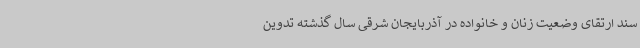
سند ارتقای وضعیت زنان و خانواده در آذربایجان شرقی سال گذشته تدوین